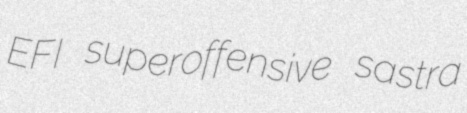
EFI superoffensive sastra